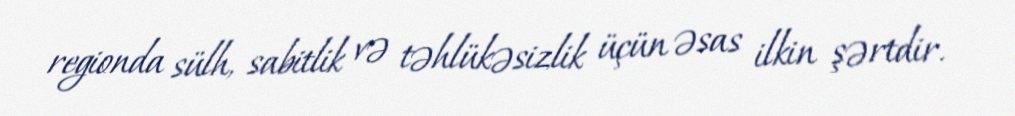
regionda sülh, sabitlik və təhlükəsizlik üçün əsas ilkin şərtdir.